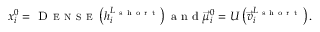
x _ { i } ^ { 0 } = \textsc { D e n s e } \left( h _ { i } ^ { L _ { \mathrm { ~ s ~ h ~ o ~ r ~ t ~ } } } \right) \mathrm { ~ a ~ n ~ d ~ } \vec { \mu } _ { i } ^ { 0 } = U \left( \vec { v } _ { i } ^ { L _ { \mathrm { ~ s ~ h ~ o ~ r ~ t ~ } } } \right) .